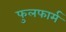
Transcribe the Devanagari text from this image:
फुलफार्म